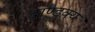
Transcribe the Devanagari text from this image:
दाण्डक्य